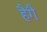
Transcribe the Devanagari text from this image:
हैगै